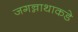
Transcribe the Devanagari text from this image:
जगन्नाथाकडे